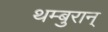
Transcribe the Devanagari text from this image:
थम्बुरान्